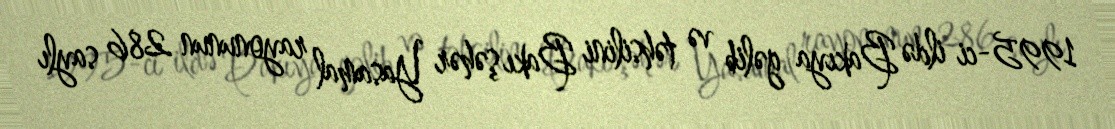
1995-ci ildə Bakıya gəlib və təhsilini Bakı şəhər Yasamal rayonunun 286 saylı